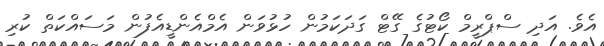
އެވެ. އަދި ސްޕްރީމް ކޯޓުގެ ގޭޓް ގަދަކަމުން ހުޅުވަން އެމްއެންޑީއެފުން މަސައްކަތް ކުރި